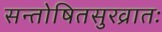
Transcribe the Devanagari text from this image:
सन्तोषितसुरव्रातः